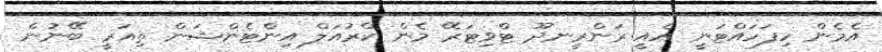
އެެމެން ހިފަހައްޓަނީ އެއީ ރަންރީނދޫ ޓްވިޓަރޭ މެން ކްރުއަލް އިންޓެންޝަން ތިއަރީ ބޭނުން